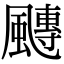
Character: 𩘯